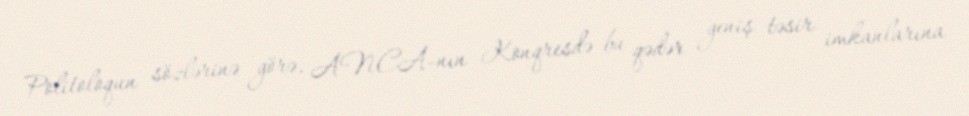
Politoloqun sözlərinə görə, ANCA-nın Konqresdə bu qədər geniş təsir imkanlarına